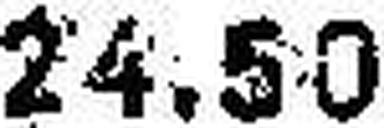
24.50